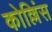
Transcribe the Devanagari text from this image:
कोल्लिंस